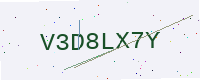
Text: V3D8LX7Y